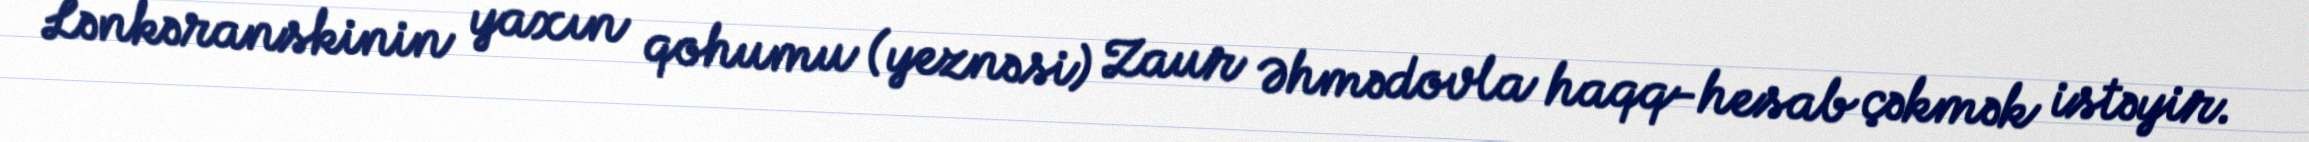
Lənkəranskinin yaxın qohumu (yeznəsi) Zaur Əhmədovla haqq-hesab çəkmək istəyir.